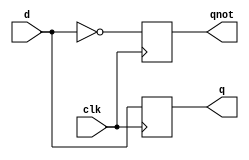
module dff ( output q, output qnot, input d, input clk ); 
	reg q, qnot; 
	
 	initial begin
		q = 1'b0;
		qnot = 1'b1;
	end
	always @( posedge clk ) 
	begin 
 	   q <= d;  qnot <= ~d; 
	end 
endmodule
module dff2(output q, output qnot, input d,
			input clk, input preset, input clear);
	reg q, qnot;
	
	always @(posedge clk or posedge clear or posedge preset)
		begin
			if(clear)
				begin
					q = 0;
					qnot = 1;
				end
			else if(preset)
				begin
					q = 1;
					qnot = 0;
				end
			else if(d)
				begin
					q <= 1;
					qnot <= 0;
				end
			else
				begin
					q <= 0;
					qnot <= 1;
				end
		end
endmodule